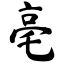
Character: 亳